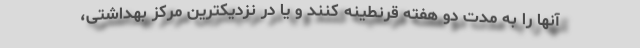
آنها را به مدت دو هفته قرنطینه کنند و یا در نزدیکترین مرکز بهداشتی،